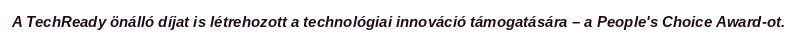
A TechReady önálló díjat is létrehozott a technológiai innováció támogatására – a People's Choice Award-ot.